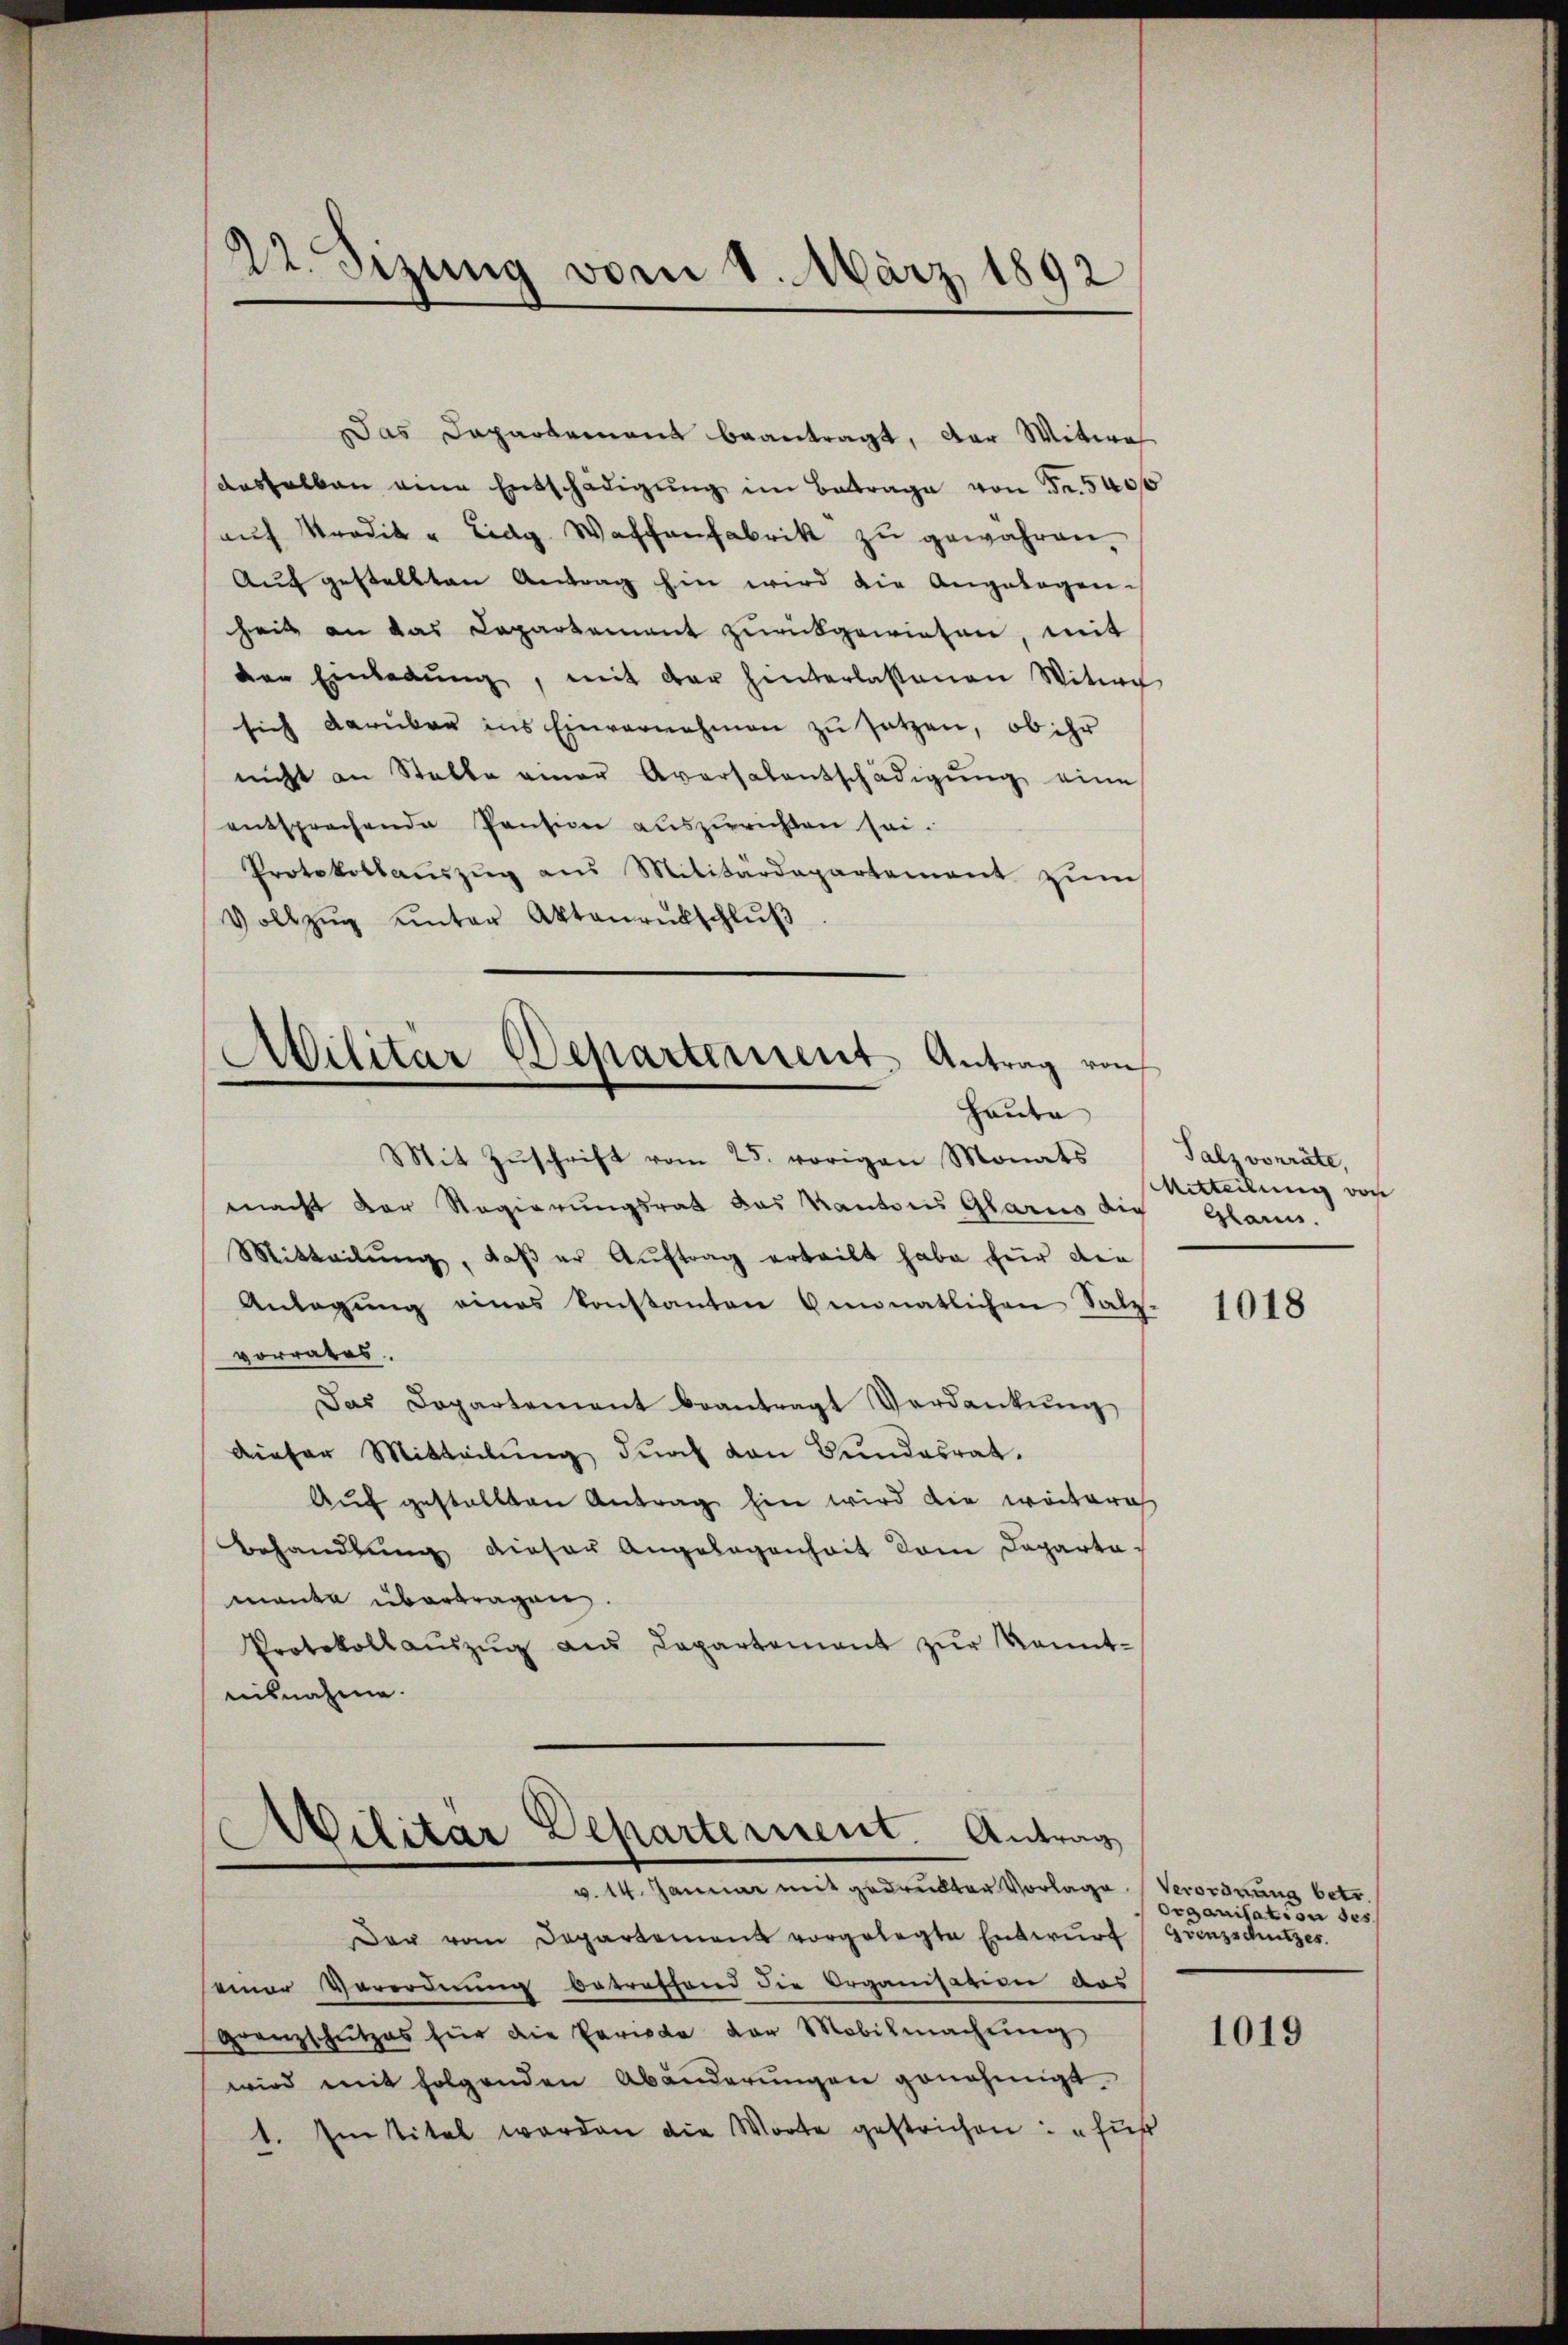
22. Sizung vom 1. März 1892

Das Dapartement beantragt, der Witwe
deshalben eine Entschädigŭng im Betrage von Fr. 540
aŭf Prodik - Eidg. Waffenfabrik zu gewähren.
Auf gestellten Antrag hin wird die Angelegen.
heit an das Capartement zurückgewiesen, mit
den Einladŭng, mit der hinterlassenen Witwe
sich darüber ins Einvernehmen zu setzen, ob ihr
nicht an Stelle einer Aversalentschädigŭng eine
entsprechende Pension auszurichten sei.
Protokollauszug aus Militärdepartement zŭm
Vollzŭg ŭnter Aktenrutschlŭβ

Militär Departement Antrag von
Haute

Militar Departement. Antrag
v. 14. Januar mit gedruckter Vorlage Verordnung betr.

Mit Zŭschrift vom 25. vorigen Monats
macht der Regierungsrat das Kantons Glarus die Glarus.
Mitteilŭng, daβ er Aŭftrag erteilt habe für die
Anlagung eines Konstanton Amonatlichen Salz-
vorrates.
Das Dopartement beantragt Verdankŭng
dieser Mitteilung durch von Bundesrat.
Auf gestellten Antrag hin wird die weiterich
Behandlŭng dieser Angelegenheit dem Departamanta übertragen.
Protokoll aŭszŭg aŭs Capartement zŭr Kenntnisnahme.

Der vom Departement vorgelegte Entwŭrf (Grenzschutzes.
seiner Verordnung betreffend die Organisation das
granzschützes für die Periode der Mobilmachŭng
wird mit folgenden Abänderŭngen genehmigt.
1. Im Vital werden die Worte gestrichen: „für

Talzvorräte,
Mitteilung von

1018

Organisation des

1019